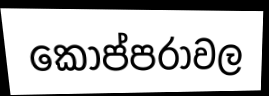
කොප්පරාවල